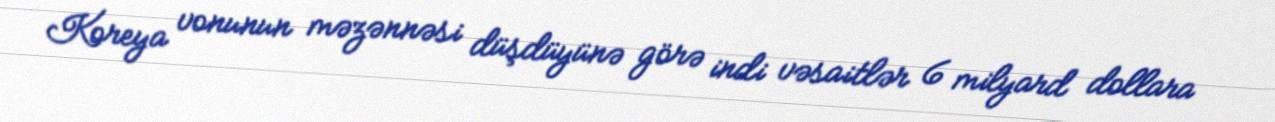
Koreya vonunun məzənnəsi düşdüyünə görə indi vəsaitlər 6 milyard dollara